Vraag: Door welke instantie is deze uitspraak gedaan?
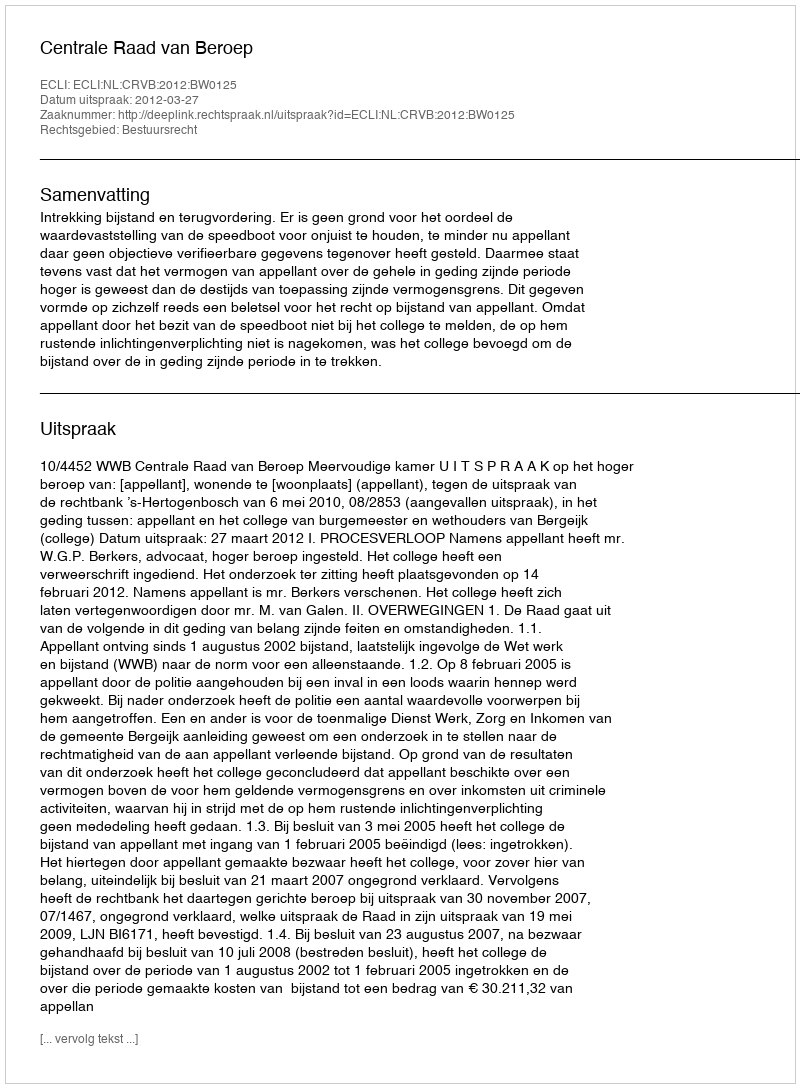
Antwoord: Centrale Raad van Beroep